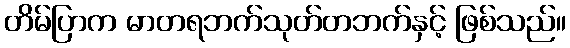
တိမ်ပြာက မာတရဘက်သုတ်တဘက်နှင့် ဖြစ်သည်။